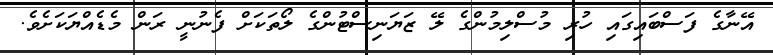
އޭނާގެ ފަސްބައިގައި ހުރި މުސްލިމުންގެ ލޭ ޒަޔަނިސްޓުންގެ ލޯތަކަށް ފެނުނީ ރަން މެޑެއްޔަކަށެވެ.